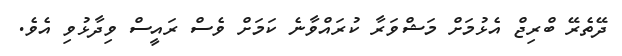
ދޭތެރޭ ބްރިޖް އެޅުމަށް މަޝްވަރާ ކުރައްވާނެ ކަމަށް ވެސް ރައީސް ވިދާޅުވި އެވެ.